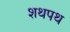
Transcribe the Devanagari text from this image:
शथपथ